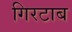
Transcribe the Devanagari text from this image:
गिरटाब